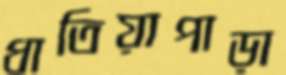
ধাতিয়াপাড়া